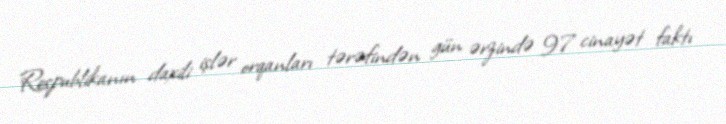
Respublikanın daxili işlər orqanları tərəfindən gün ərzində 97 cinayət faktı